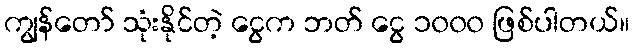
ကျွန်တော် သုံးနိုင်တဲ့ ငွေက ဘတ် ငွေ ၁၀၀၀ ဖြစ်ပါတယ်။